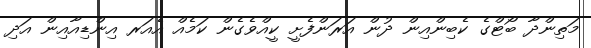
މަތިންދާ ބޯޓްގެ ކެބިންއިން ދުން އަރަންފެށީ ކީއްވެގެން ކަމެއް އެއަރ އިންޑިއާއިން އަދި